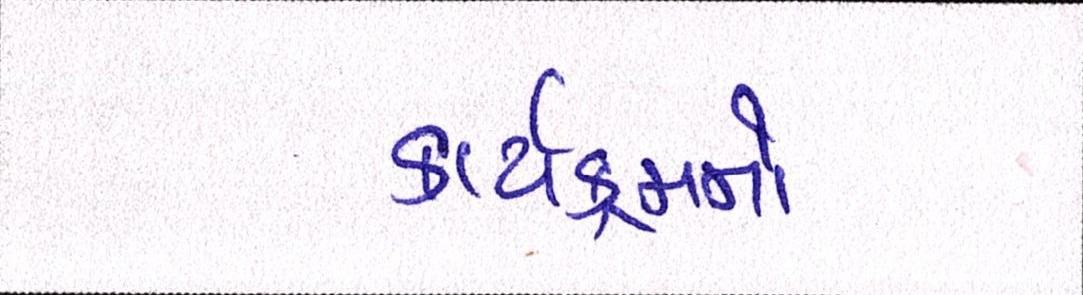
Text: કાર્યક્રમનો